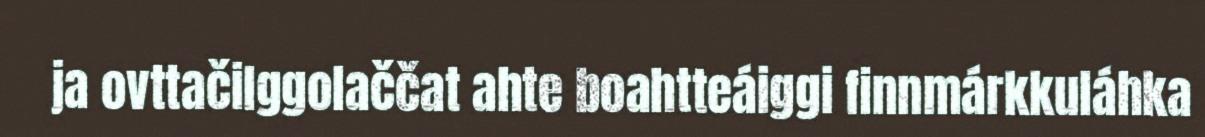
ja ovttačilggolaččat ahte boahtteáiggi finnmárkkuláhka